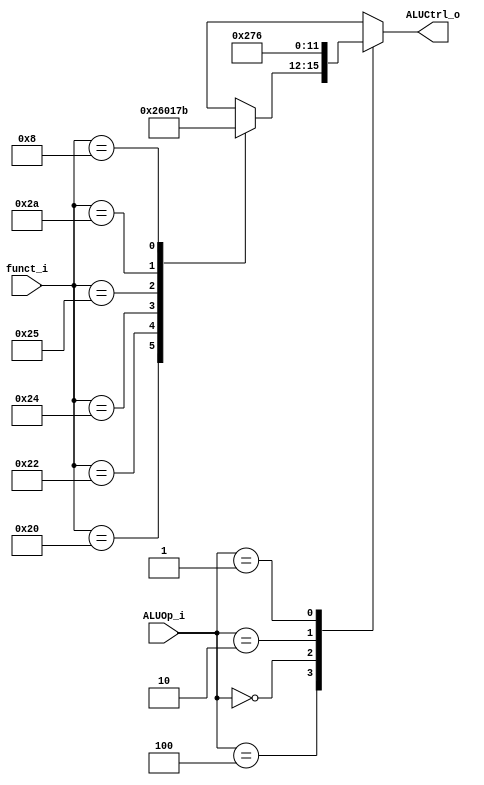
//0516094 0516077
//Subject:     CO project 2 - ALU Controller
//--------------------------------------------------------------------------------
//Version:     1
//--------------------------------------------------------------------------------
//Writer:      
//----------------------------------------------
//Date:        
//----------------------------------------------
//Description: 
//--------------------------------------------------------------------------------

module ALU_Ctrl(
          funct_i,
          ALUOp_i,
          ALUCtrl_o
          );
          
//I/O ports 
input      [6-1:0] funct_i;
input      [3-1:0] ALUOp_i;

output     [4-1:0] ALUCtrl_o;    
     
//Internal Signals
reg        [4-1:0] ALUCtrl_o;

//Parameter

       
//Select exact operation
always@(*) begin
    case(ALUOp_i)
        3'b100:begin
            case(funct_i)
                6'b100000:begin//32 add
                    ALUCtrl_o <= 4'b0010;
                end
                6'b100010:begin//34 sub
                    ALUCtrl_o <= 4'b0110;
                end
                6'b100100:begin//36 and
                    ALUCtrl_o <= 4'b0000;
                end             
                6'b100101:begin//37 or
                    ALUCtrl_o <= 4'b0001;
                end
                6'b101010:begin//42 slt
                    ALUCtrl_o <= 4'b0111;
                end
                6'b001000:begin//   jr
                    ALUCtrl_o <= 4'b1011;
                end
                default: ALUCtrl_o <= 4'bxxxx;
            endcase
        end

        3'b000:begin //addi
            ALUCtrl_o <= 4'b0010;
        end

        3'b010:begin //slti
            ALUCtrl_o <= 4'b0111;
        end

        3'b001:begin //beq
            ALUCtrl_o <= 4'b0110;
        end
        default: ALUCtrl_o <= 4'bxxxx;
    endcase
end

endmodule